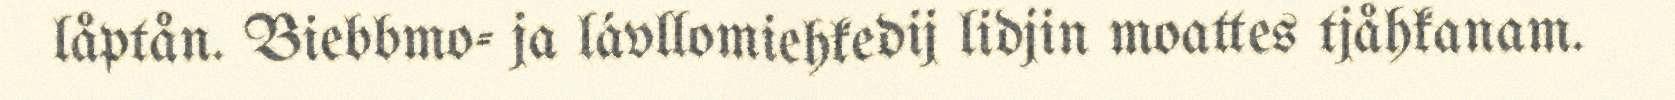
låptån. Biebbmo- ja lávllomiehkedij lidjin moattes tjåhkanam.